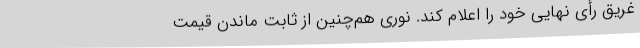
غریق رأی نهایی خود را اعلام کند. نوری هم‌چنین از ثابت ماندن قیمت